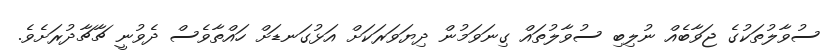
ސުވާލުތަކުގެ ޖަވާބެއް ނުލިބި ސުވާލުތައް ގިނަވަމުން ދިޔަވަރަކަށް އަޅުގަނޑަށް ހައްތާވެސް ދެވުނީ ޗާޗާދުރަށެވެ.